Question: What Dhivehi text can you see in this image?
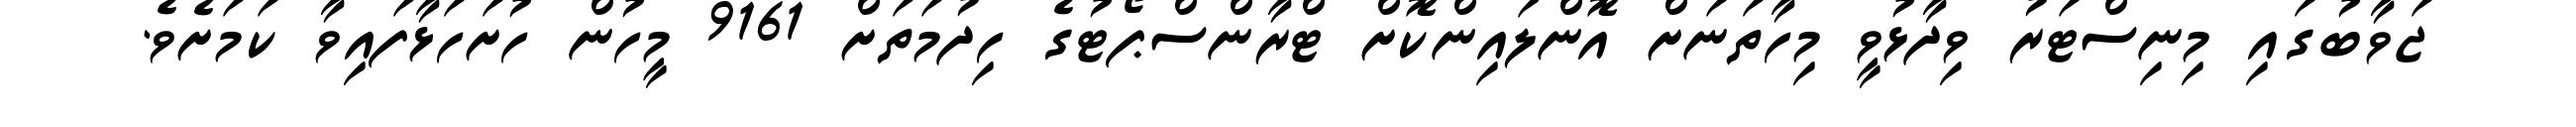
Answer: ޖަވާބުގައި މިނިސްޓަރު ވިދާޅުވީ މިހާތަނަށް އޮންލައިންކޮށް ޓްރާންސްޕޯޓުގެ ހިދުމަތަށް 9161 މީހުން ހުށަހަޅާފައިވާ ކަމަށެވެ.